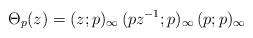
LaTeX: \begin{align*}\Theta_p(z) = (z;p)_\infty \, (pz^{-1};p)_\infty \, (p;p)_\infty \end{align*}